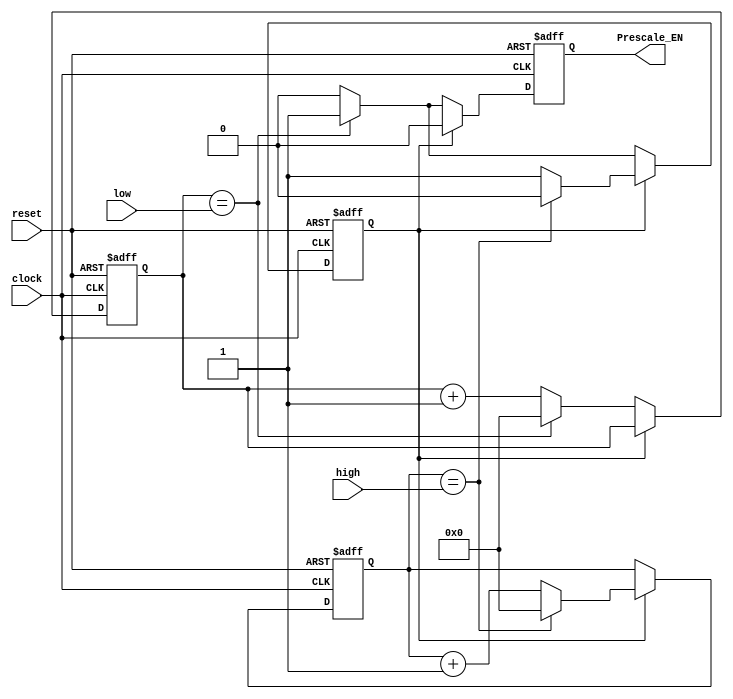
////////////////////////////////////////////////////////////////////////////////////////////////////
//
// Interessengruppe fuer Mikroelektronik und Eingebettete Systeme (IMES)
// Fachhochschule Dortmund
//
// Tool         : Mentor Graphics HDL Designer(TM) 2015.1b (Build 4)
// Description  : Der Prescaler teilt den 10 MHz Eingangstakt herunter
// Commentary   : DW 2005.06.21 Prescale Enable eingefgt 
//                DW 2005.06.26 Prescale Enable korrigiert
//
// Changelog:
// -------------------------------------------------------------------------------------------------
// Version | Author             | Date       | Changes
// -------------------------------------------------------------------------------------------------
// 0.9     | Leduc              | 20.03.2019 | created
// -------------------------------------------------------------------------------------------------
//
////////////////////////////////////////////////////////////////////////////////////////////////////

//`resetall
//`timescale 1ns/10ps
//`default_nettype none

module prescale2 ( 
 input  wire       clock,
 input  wire       reset,
 input  wire [3:0] high,        // IOCPU, prescaleregister
 input  wire [3:0] low,         // IOCPU, prescaleregister
 output reg        Prescale_EN // DW 2005.06.21 Prescale Enable
 );
 
//tmrg default triplicate
//tmrg tmr_error false
 
 reg [3:0] lo_count;
 reg [3:0] hi_count;
 reg       hilo;
 // int_high, int_low entfallen, conversion entfaellt
 
wire [3:0] lo_countVoted = lo_count;
wire [3:0] hi_countVoted = hi_count;
wire [3:0] hiloVoted = hilo;

 
 always @(posedge clock, negedge reset)
 begin
   if (reset == 1'b0)
    begin
      lo_count    <= 4'b0000;
      hi_count    <= 4'b0000;
      hilo        <= 1'b1;
      Prescale_EN <= 1'b0;
    end
   else
    begin
      lo_count    <= lo_countVoted;
      hi_count    <= hi_countVoted;
      hilo        <= hiloVoted;
      if (hiloVoted == 1'b1)
        begin
          Prescale_EN <= 1'b0;
          if (hi_countVoted == high)
            begin
              hi_count <= 4'b0000;
              hilo     <= 1'b0; 
            end
          else
            hi_count <= hi_countVoted + 1;   
          //  hilo     <= 1'b1;
        end
      else
        begin
          if (lo_countVoted == low)
            begin
              Prescale_EN <= 1'b1;
              lo_count    <= 4'b0000;
              hilo        <= 1'b1;
            end
          else
            begin
              Prescale_EN <= 1'b0;
              lo_count    <= lo_countVoted + 1;
//              hilo        <= 1'b0;
            end
          end
        end
    end
endmodule